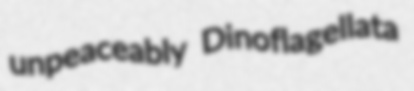
unpeaceably Dinoflagellata